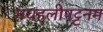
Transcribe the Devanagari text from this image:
मचहलीपट्टनम